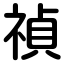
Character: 禎